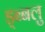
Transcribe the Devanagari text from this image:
ड्ब्बलु